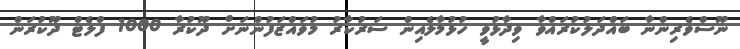
ނޫސްވެރިންނާ ބައްދަލުކުރައްވާ ވިދާޅުވީ ހުޅުމާލެއިން ސަރުކާރު މުވައްޒަފުންނަށް ދޫކުރާ 1000 ފްލެޓް ދޫކުރަން